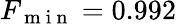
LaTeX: F_{\mathrm{~m~i~n~}}=0.992